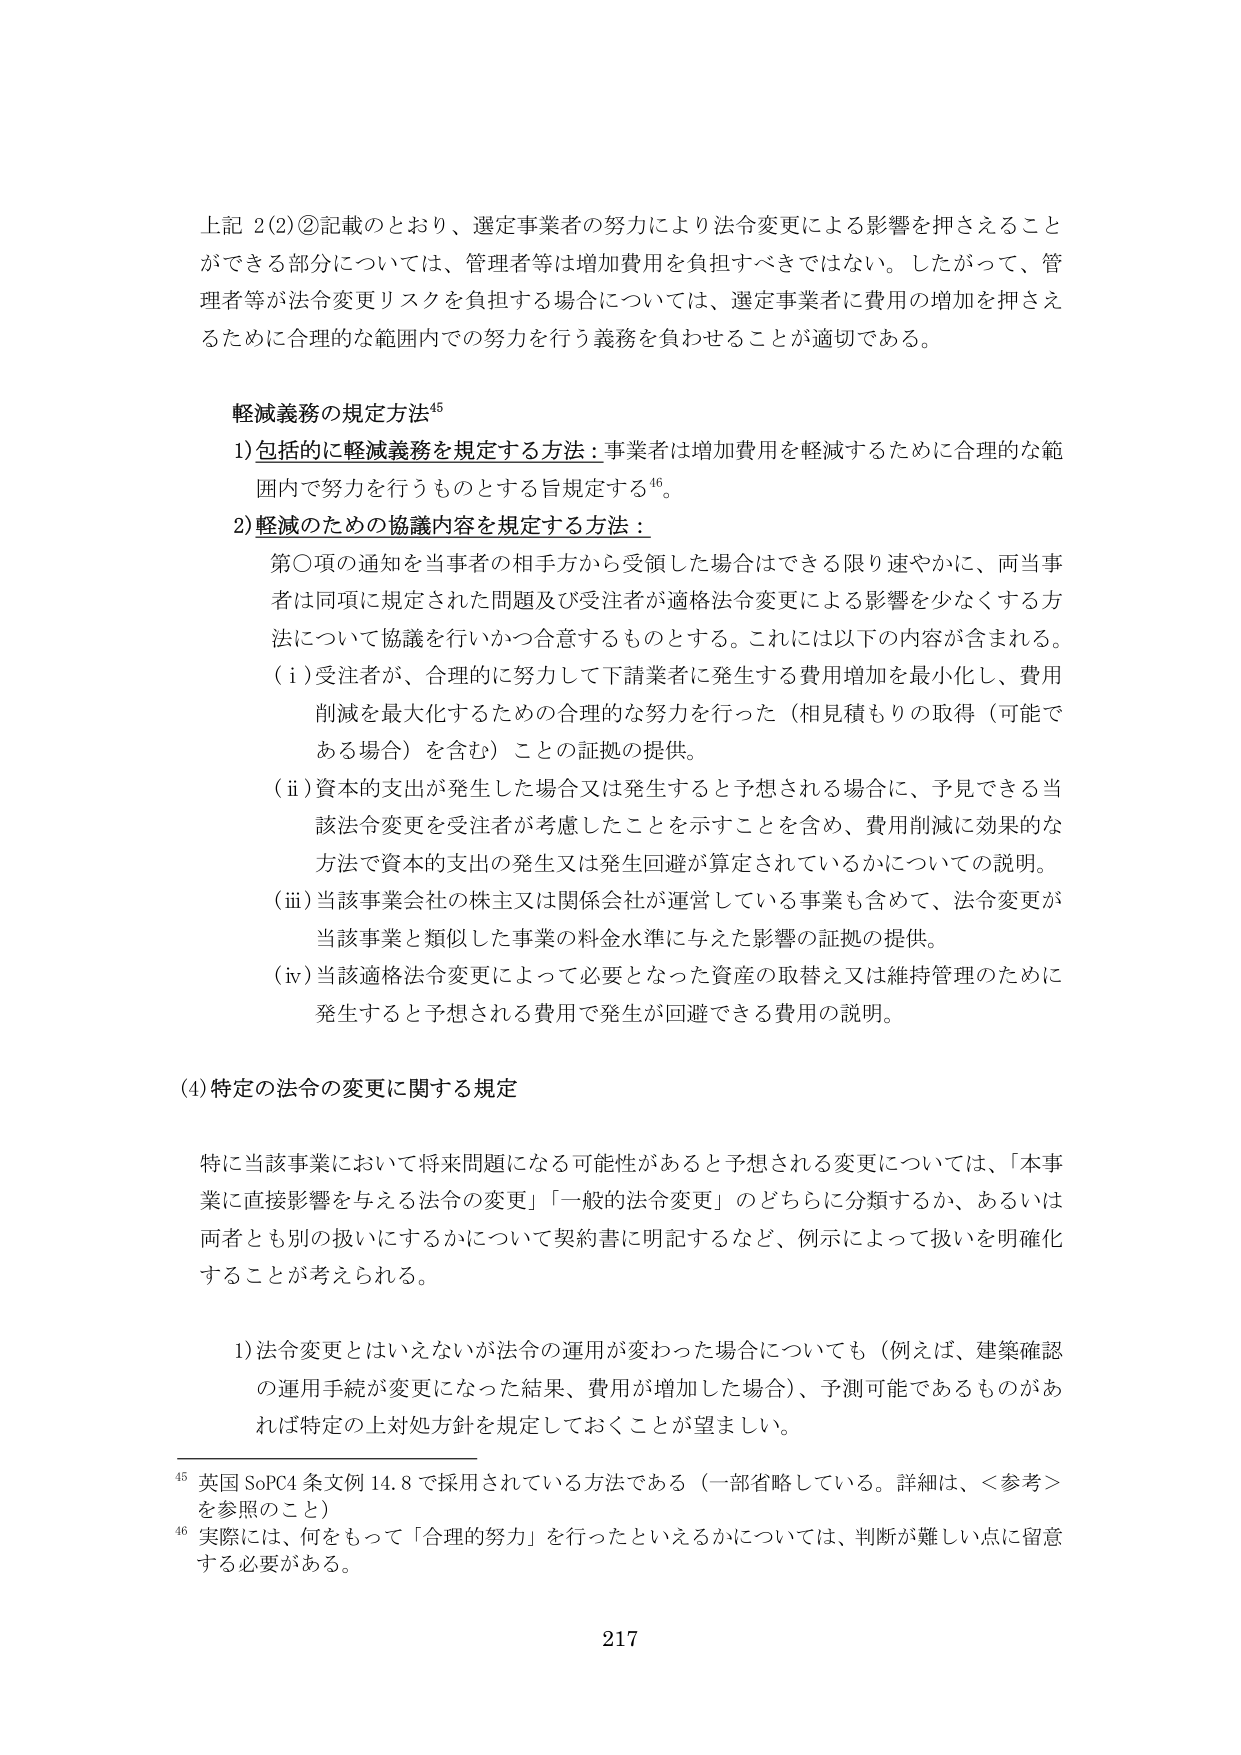
上記 2(2)②記載のとおり、選定事業者の努力により法令変更による影響を押さえることができる部分については、管理者等は増加費用を負担すべきではない。したがって、管理者等が法令変更リスクを負担する場合については、選定事業者に費用の増加を押さえるために合理的な範囲内での努力を行う義務を負わせることが適切である。

軽減義務の規定方法⁴⁵
1) 包括的に軽減義務を規定する方法：事業者は増加費用を軽減するために合理的な範囲内で努力を行うものとする旨規定する⁴⁶。
2) 軽減のための協議内容を規定する方法：
　第〇項の通知を当事者の相手方から受領した場合はできる限り速やかに、両当事者は同項に規定された問題及び受注者が適格法令変更による影響を少なくする方法について協議を行いかつ合意するものとする。これには以下の内容が含まれる。
　(i) 受注者が、合理的に努力して下請業者に発生する費用増加を最小化し、費用削減を最大化するための合理的な努力を行った（相見積もりの取得（可能である場合）を含む）ことの証拠の提供。
　(ii) 資本的支出が発生した場合又は発生すると予想される場合に、予見できる当該法令変更を受注者が考慮したことを示すことを含め、費用削減に効果的な方法で資本的支出の発生又は発生回避が算定されているかについての説明。
　(iii) 当該事業会社の株主又は関係会社が運営している事業も含めて、法令変更が当該事業と類似した事業の料金水準に与えた影響の証拠の提供。
　(iv) 当該適格法令変更によって必要となった資産の取替え又は維持管理のために発生すると予想される費用で発生が回避できる費用の説明。

(4) 特定の法令の変更に関する規定

特に当該事業において将来問題になる可能性があると予想される変更については、「本事業に直接影響を与える法令の変更」「一般的な法令変更」のどちらに分類するか、あるいは両者とも別の扱いにするかについて契約書に明記するなど、例示によって扱いを明確化することが考えられる。

　1) 法令変更とはいえないが法令の運用が変わった場合についても（例えば、建築確認の運用手続が変更になった結果、費用が増加した場合）、予測可能であるものがあれば特定の上対処方針を規定しておくことが望ましい。

⁴⁵ 英国 SoPC4 条文例 14.8 で採用されている方法である（一部省略している。詳細は、＜参考＞を参照のこと）
⁴⁶ 実際には、何をもって「合理的努力」を行ったといえるかについては、判断が難しい点に留意する必要がある。

217